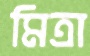
মিত্রা